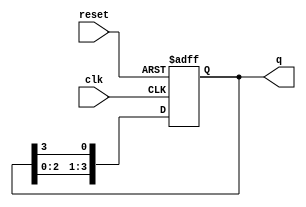
module ring_counter (
    input wire clk,          // Clock signal
    input wire reset,        // Asynchronous reset signal
    output reg [N-1:0] q     // Output state of the counter
);
    parameter N = 4;          // Number of flip-flops (change as needed)

    always @(posedge clk or posedge reset) begin
        if (reset) begin
            // On reset, set the counter to 1 (000...001)
            q <= (1'b1 << 0); // Only the first flip-flop is set
        end else begin
            // Shift the '1' to the next flip-flop
            q <= {q[N-2:0], q[N-1]}; // Circular shift
        end
    end
endmodule